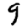
Digit: 9